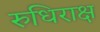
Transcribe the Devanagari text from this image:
रुधिराक्ष